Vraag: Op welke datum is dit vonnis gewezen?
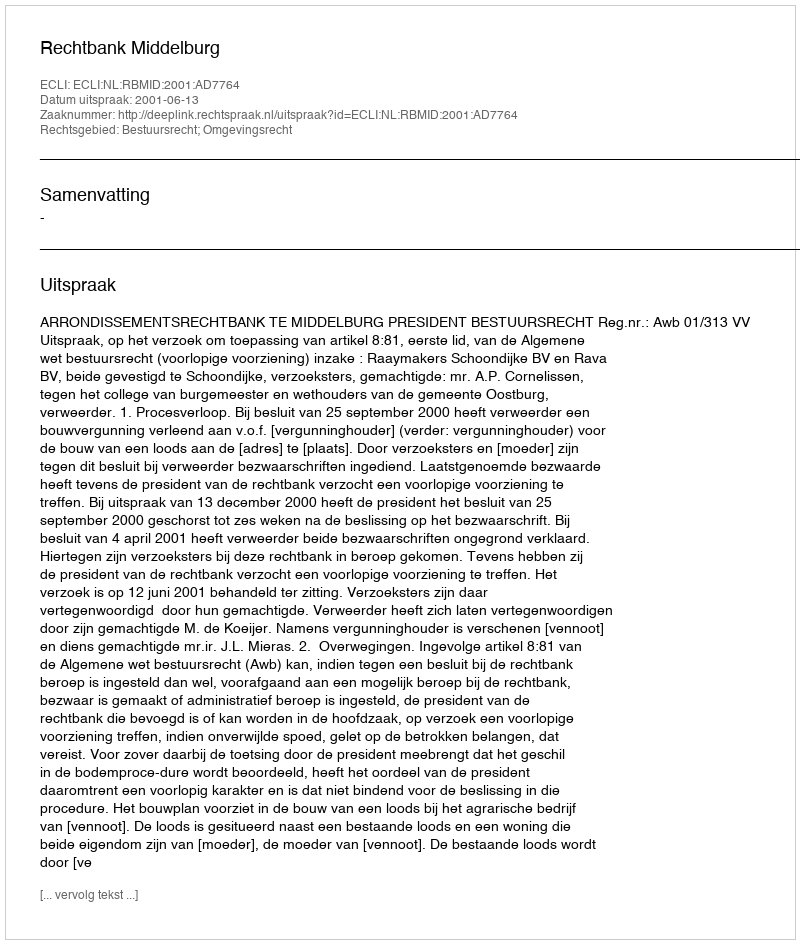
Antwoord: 2001-06-13